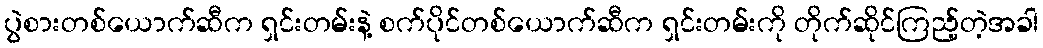
ပွဲစားတစ်ယောက်ဆီက ရှင်းတမ်းနဲ့ စက်ပိုင်တစ်ယောက်ဆီက ရှင်းတမ်းကို တိုက်ဆိုင်ကြည့်တဲ့အခါ